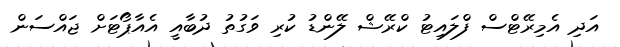
އަދި އެމިރޭޓްސް ފްލައިޓު ކްރޭޝް ލޭންޑު ކުރި ވަގުތު ދުބާއީ އެއާޕޯޓަށް ޖައްސަން